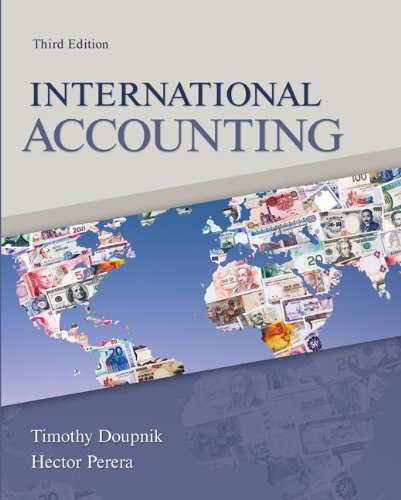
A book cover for International Accounting; Timothy Doupnik; Business & Money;